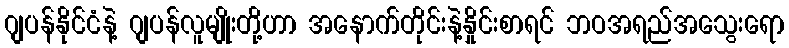
ဂျပန်နိုင်ငံနဲ့ ဂျပန်လူမျိုးတို့ဟာ အနောက်တိုင်းနဲ့နှိုင်းစာရင် ဘဝအရည်အသွေးရော